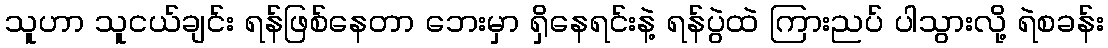
သူဟာ သူငယ်ချင်း ရန်ဖြစ်နေတာ ဘေးမှာ ရှိနေရင်းနဲ့ ရန်ပွဲထဲ ကြားညပ် ပါသွားလို့ ရဲစခန်း